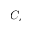
C _ { e }